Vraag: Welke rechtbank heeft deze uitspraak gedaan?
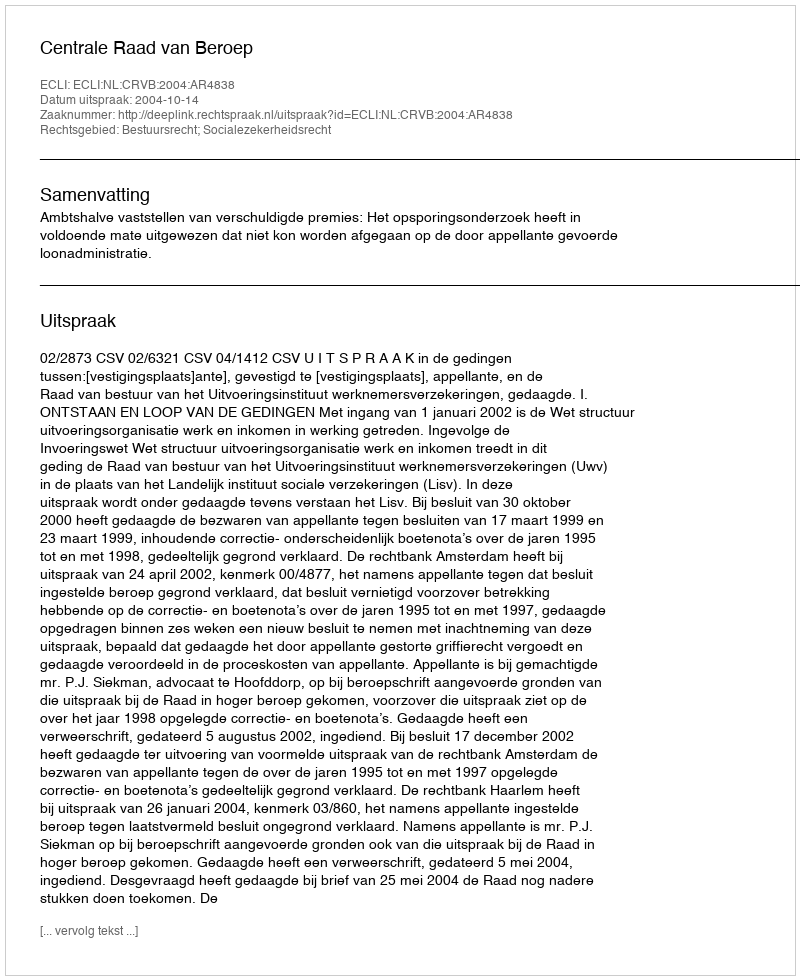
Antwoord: Centrale Raad van Beroep